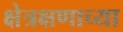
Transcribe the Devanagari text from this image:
क्षेत्रक्षणाच्या